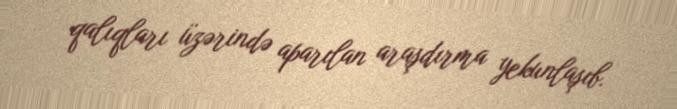
qalıqları üzərində aparılan araşdırma yekunlaşıb.